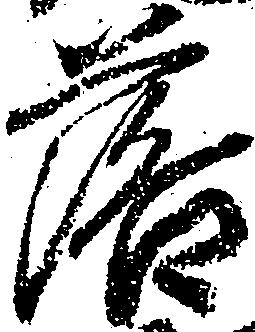
落